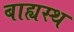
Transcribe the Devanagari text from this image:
बाह्यस्थ